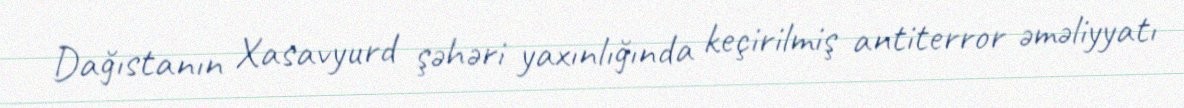
Dağıstanın Xasavyurd şəhəri yaxınlığında keçirilmiş antiterror əməliyyatı